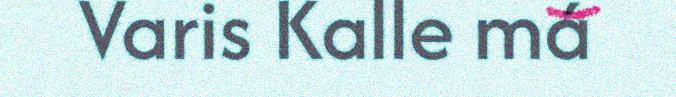
Varis Kalle má